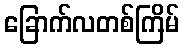
ခြောက်လတစ်ကြိမ်